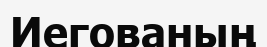
Иегованың